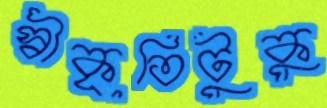
স্বীকৃতিটুকু